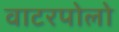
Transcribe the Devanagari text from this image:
वाटरपोलो